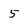
Character: 5